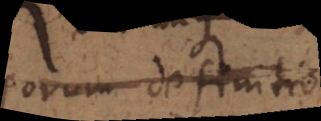
eorum definitio